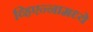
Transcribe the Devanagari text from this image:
व्हिएन्नामध्ये